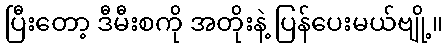
ပြီးတော့ ဒီမီးစကို အတိုးနဲ့ ပြန်ပေးမယ်ဗျို့။